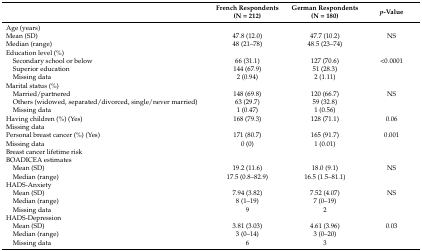
<table><thead><tr><td></td><td><b>French Respondents (N = 212)</b></td><td><b>German Respondents (N = 180)</b></td><td><b><i>p</i>-Value</b></td></tr></thead><tbody><tr><td>Age (years)</td><td></td><td></td><td></td></tr><tr><td>Mean (SD)</td><td>47.8 (12.0)</td><td>47.7 (10.2)</td><td>NS</td></tr><tr><td>Median (range)</td><td>48 (21–78)</td><td>48.5 (23–74)</td><td></td></tr><tr><td>Education level (%)</td><td></td><td></td><td></td></tr><tr><td> Secondary school or below</td><td>66 (31.1)</td><td>127 (70.6)</td><td>&lt;0.0001</td></tr><tr><td> Superior education</td><td>144 (67.9)</td><td>51 (28.3)</td><td></td></tr><tr><td> Missing data</td><td>2 (0.94)</td><td>2 (1.11)</td><td></td></tr><tr><td>Marital status (%)</td><td></td><td></td><td></td></tr><tr><td> Married/partnered</td><td>148 (69.8)</td><td>120 (66.7)</td><td>NS</td></tr><tr><td> Others (widowed, separated/divorced, single/never married)</td><td>63 (29.7)</td><td>59 (32.8)</td><td></td></tr><tr><td> Missing data</td><td>1 (0.47)</td><td>1 (0.56)</td><td></td></tr><tr><td>Having children (%) (Yes)</td><td>168 (79.3)</td><td>128 (71.1)</td><td>0.06</td></tr><tr><td>Missing data</td><td></td><td></td><td></td></tr><tr><td>Personal breast cancer (%) (Yes)</td><td>171 (80.7)</td><td>165 (91.7)</td><td>0.001</td></tr><tr><td>Missing data</td><td>0 (0)</td><td>1 (0.01)</td><td></td></tr><tr><td>Breast cancer lifetime risk</td><td></td><td></td><td></td></tr><tr><td>BOADICEA estimates</td><td></td><td></td><td></td></tr><tr><td> Mean (SD)</td><td>19.2 (11.6)</td><td>18.0 (9.1)</td><td>NS</td></tr><tr><td> Median (range)</td><td>17.5 (0.8–82.9)</td><td>16.5 (1.5–81.1)</td><td></td></tr><tr><td>HADS-Anxiety</td><td></td><td></td><td></td></tr><tr><td> Mean (SD)</td><td>7.94 (3.82)</td><td>7.52 (4.07)</td><td>NS</td></tr><tr><td> Median (range)</td><td>8 (1–19)</td><td>7 (0–19)</td><td></td></tr><tr><td> Missing data</td><td>9</td><td>2</td><td></td></tr><tr><td>HADS-Depression</td><td></td><td></td><td></td></tr><tr><td> Mean (SD)</td><td>3.81 (3.03)</td><td>4.61 (3.96)</td><td>0.03</td></tr><tr><td> Median (range)</td><td>3 (0–14)</td><td>3 (0–20)</td><td></td></tr><tr><td> Missing data</td><td>6</td><td>3</td><td></td></tr></tbody></table>